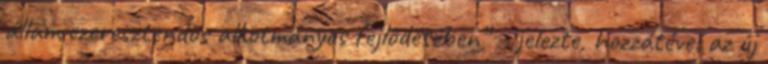
állam ezeresztendős alkotmányos fejlődésében” – jelezte, hozzátéve: az új